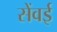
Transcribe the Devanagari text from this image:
सेंवई